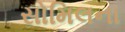
સોમિલના